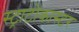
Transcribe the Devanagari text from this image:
स्ट्राटोकास्टर